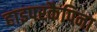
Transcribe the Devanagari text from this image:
हाइपरकैपिना